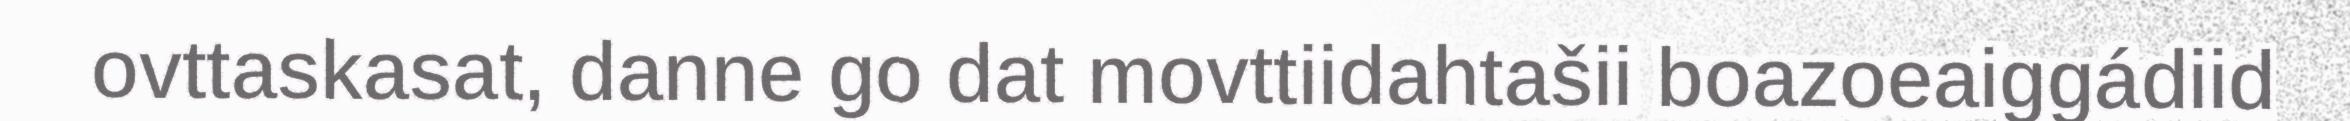
ovttaskasat, danne go dat movttiidahtašii boazoeaiggádiid